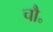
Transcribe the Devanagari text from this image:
चौ॰